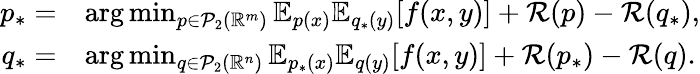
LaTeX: \begin{array}{rl}{p_{*}=}&{\arg\operatorname*{min}_{p\in\mathcal{P}_{2}(\mathbb{R}^{m})}\mathbb{E}_{p(x)}\mathbb{E}_{q_{*}(y)}[f(x,y)]+\mathcal{R}(p)-\mathcal{R}(q_{*}),}\\ {q_{*}=}&{\arg\operatorname*{min}_{q\in\mathcal{P}_{2}(\mathbb{R}^{n})}\mathbb{E}_{p_{*}(x)}\mathbb{E}_{q(y)}[f(x,y)]+\mathcal{R}(p_{*})-\mathcal{R}(q).}\end{array}